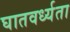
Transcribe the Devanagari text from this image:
घातवर्ध्यता